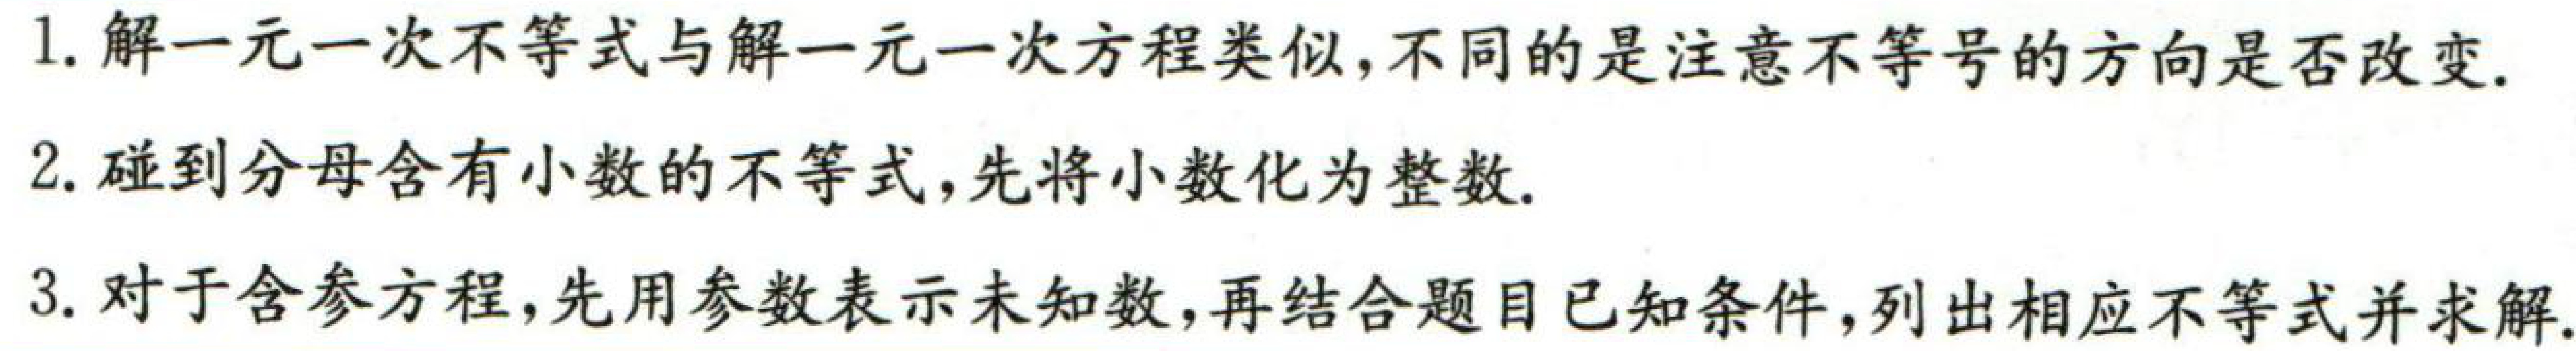
1. 解一元一次不等式与解一元一次方程类似，不同的是注意不等号的方向是否改变.
2. 碰到分母含有小数的不等式，先将小数化为整数.
3. 对于含参方程，先用参数表示未知数，再结合题目已知条件，列出相应不等式并求解.